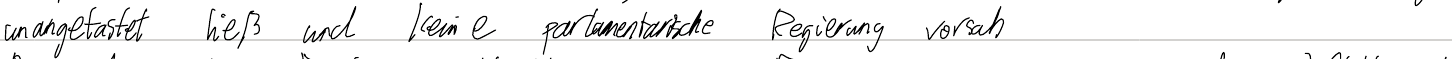
unangetastet ließ und keine parlamentarische Regierung vorsah